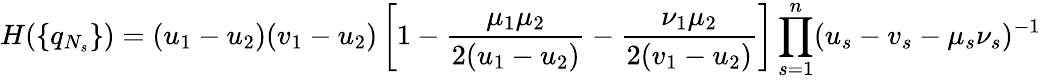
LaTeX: H(\{ q_{N_{s}}\} )=(u_{1}-u_{2})(v_{1}-u_{2})\left[1-\frac{\mu_{1}\mu_{2}}{2(u_{1}-u_{2})}-\frac{\nu_{1}\mu_{2}}{2(v_{1}-u_{2})}\right]\prod_{s=1}^{n}(u_{s}-v_{s}-\mu_{s}\nu_{s})^{-1}